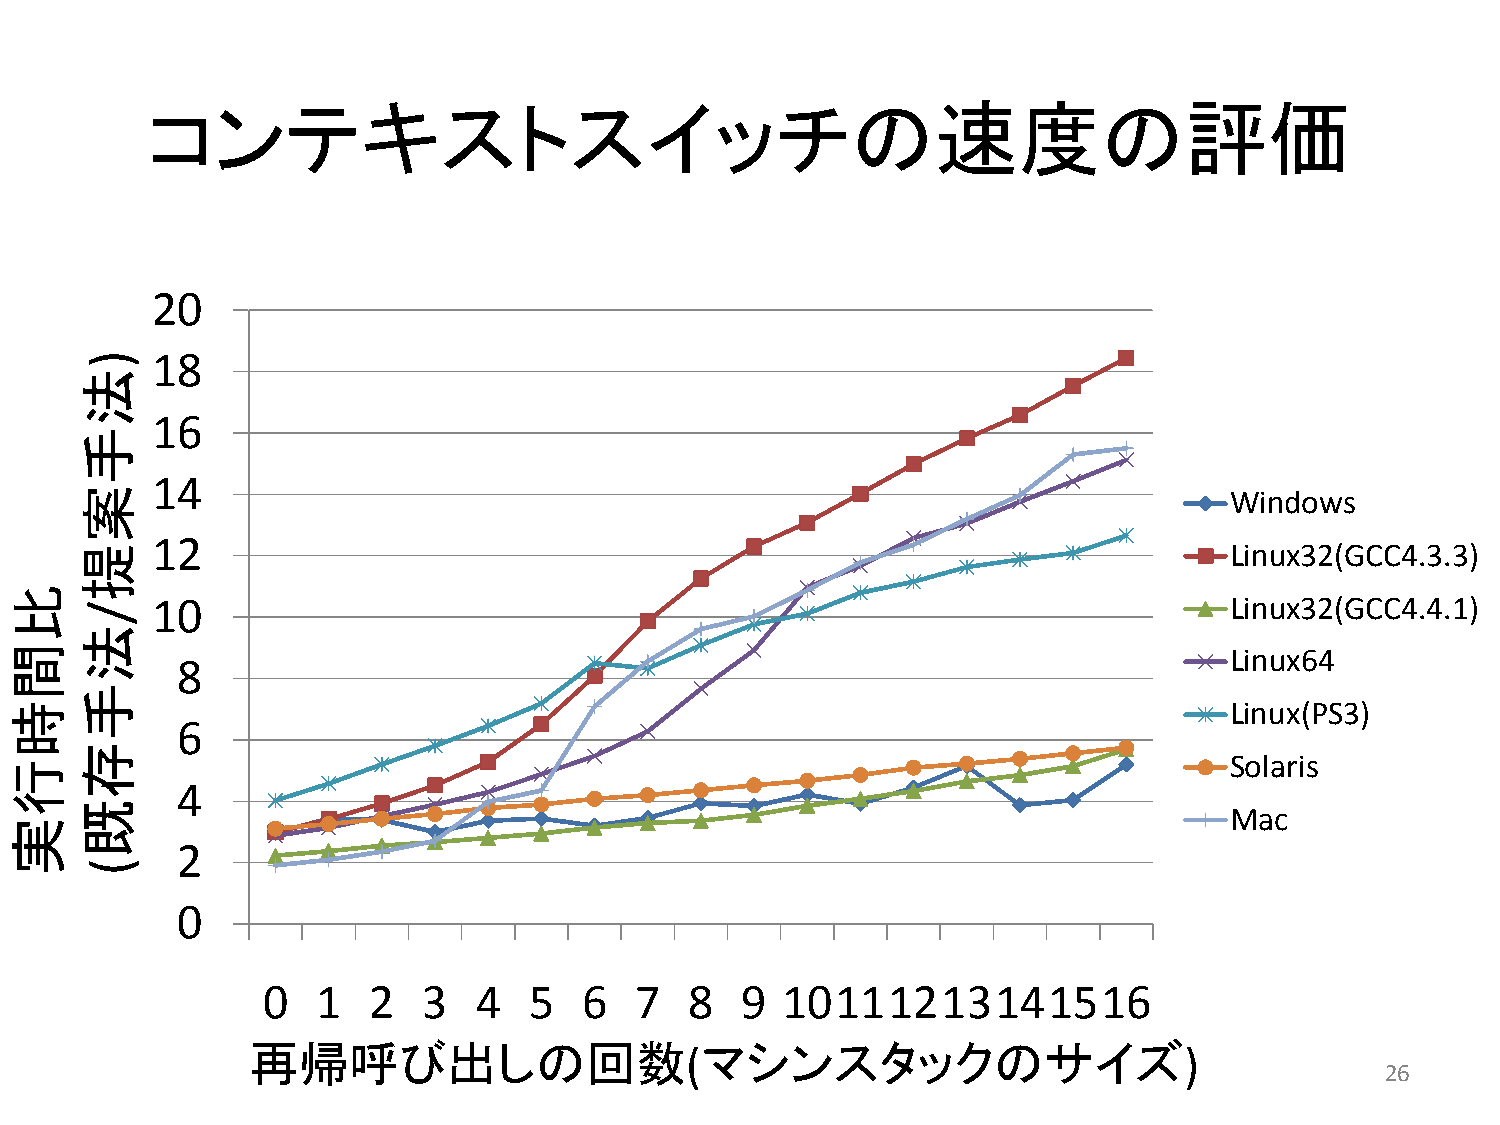
コンテキストスイッチの速度の評価
 20
 18
 16
 14
 Windows
 12
 Linux32(GCC4.3.3)
 10                                                                      Linux32(GCC4.4.1)
 Linux64
 8
 Linux(PS3)
 6
 Solaris
 4
 Mac
 2
 0
 0  1   2  3   4  5   6  7   8   9 10111213141516
 再帰呼び出しの回数(マシンスタックのサイズ)
 26
 比間時行実
 法手案提
 法手存既
 )
 /
 (